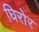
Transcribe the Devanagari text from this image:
घिरोर